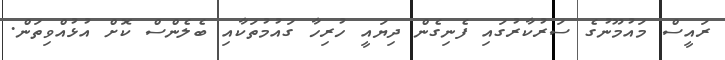
ރައީސް މައުމޫނުގެ ސަރުކާރުގައި ފެނިގެން ދިޔައީ ހުރިހާ ގައުމުތަކާއި ބެލެންސް ކޮށް އުޅުއްވިތަން.